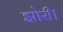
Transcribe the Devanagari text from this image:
झोरी।